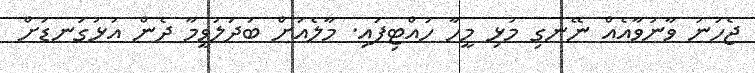
ޖެހުނު ވާނުވާއެއް ނޭނގި މުޅި މީހާ ހުއްޓިފައި. މާލެއަށް ބަދަލުވީމާ ދެން އަޅުގަނޑަށް